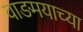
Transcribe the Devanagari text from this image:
वाङमयाच्या